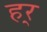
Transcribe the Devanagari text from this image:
हर्